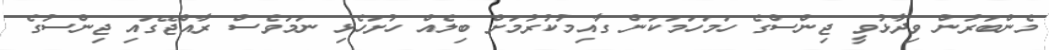
މެންބަރުން ވިދާޅުވީ ޖިންސްގެ ހަމަހަމަކަން ގާއިމުކުރުމަށް ބިލެއް ހުށަހެޅި ނަމަވެސް ރާއްޖޭގައި ޖިންސުގެ